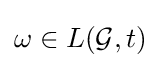
\omega \in L({\mathcal {G}},t)